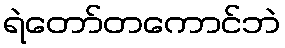
ရဲတော်တကောင်ဘဲ